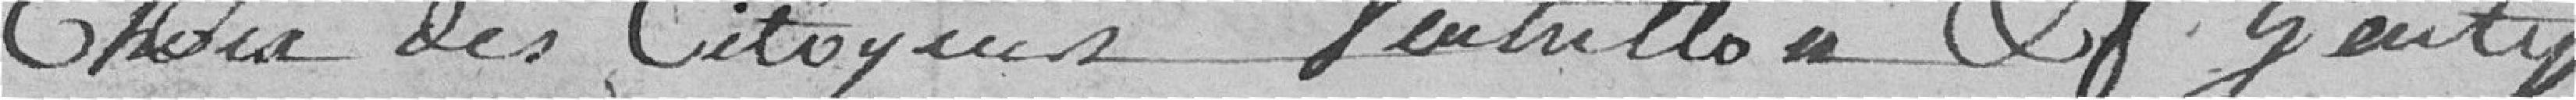
choix des citoyens VEUMILLON et GENTY